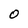
Character: 0